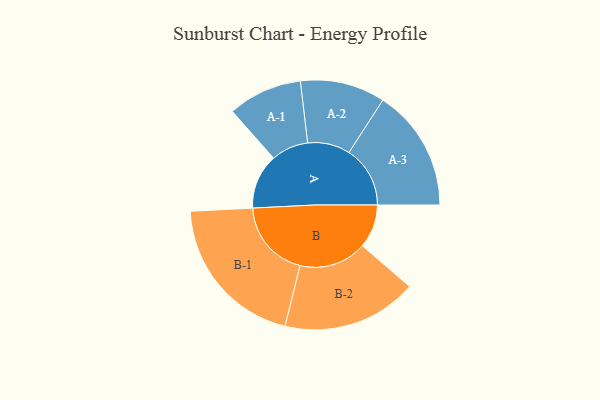
{"axis": {"x": "Segment", "y": "Value"}, "legend": ["", "A", "B"], "data": [{"x": "A", "y": 188, "type": ""}, {"x": "B", "y": 149, "type": ""}, {"x": "A-1", "y": 127, "type": "A"}, {"x": "A-2", "y": 145, "type": "A"}, {"x": "A-3", "y": 209, "type": "A"}, {"x": "B-1", "y": 268, "type": "B"}, {"x": "B-2", "y": 231, "type": "B"}]}